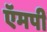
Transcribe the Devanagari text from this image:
ऍमपी